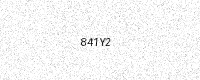
Text: 841Y2